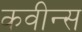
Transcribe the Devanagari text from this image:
कवीन्स